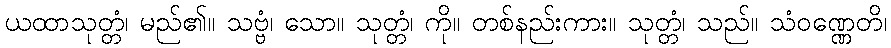
ယထာသုတ္တံ၊ မည်၏။ သဗ္ဗံ၊ သော။ သုတ္တံ၊ ကို။ တစ်နည်းကား။ သုတ္တံ၊ သည်။ သံဝဏ္ဏေတိ၊